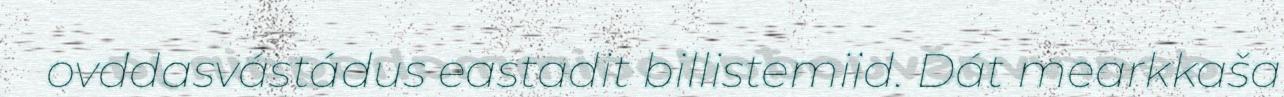
ovddasvástádus eastadit billistemiid. Dát mearkkaša